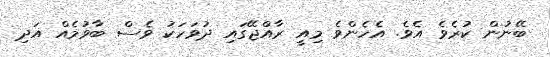
ބޭނުން ކުރެވެ އެވެ. އެހެންވެ މިއީ ރާއްޖޭގައި ދުވަހަކު ވެސް ބާވުމެއް އަދި